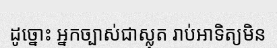
ដូច្នោះ អ្នកច្បាស់ជាស្លុត រាប់អាទិត្យមិន